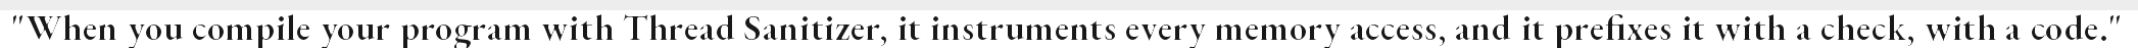
"When you compile your program with Thread Sanitizer, it instruments every memory access, and it prefixes it with a check, with a code."